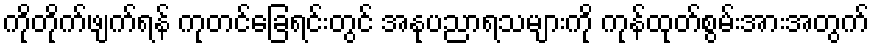
ကိုတိုက်ဖျက်ရန် ကုတင်ခြေရင်းတွင် အနုပညာရသများကို ကုန်ထုတ်စွမ်းအားအတွက်